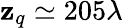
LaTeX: \mathbf{z}_{q}\simeq205\lambda